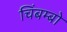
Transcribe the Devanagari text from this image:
चिंबम्बो